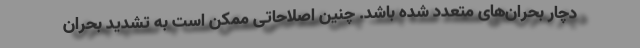
دچار بحران‌های متعدد شده باشد. چنین اصلاحاتی ممکن است به تشدید بحران